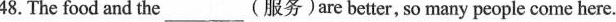
48. The food and the__________(服务)are better, so many people come here.